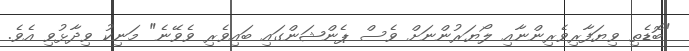
"ބޮޑެތި ވިޔަފާރިވެރިންނާއި ލޯޔަރުންނަށް ވެސް ޕެންޝަންގައި ބައިވެރި ވެވޭނެ" މަނިކު ވިދާޅުވި އެވެ.